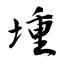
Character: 堹